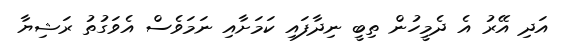
އަދި އޭރު އެ ދެމީހުން ތިބީ ނިދާފައި ކަމަށާއި ނަމަވެސް އެވަގުތު ރަޝިޔާ